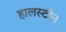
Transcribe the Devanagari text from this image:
हालस्टीन